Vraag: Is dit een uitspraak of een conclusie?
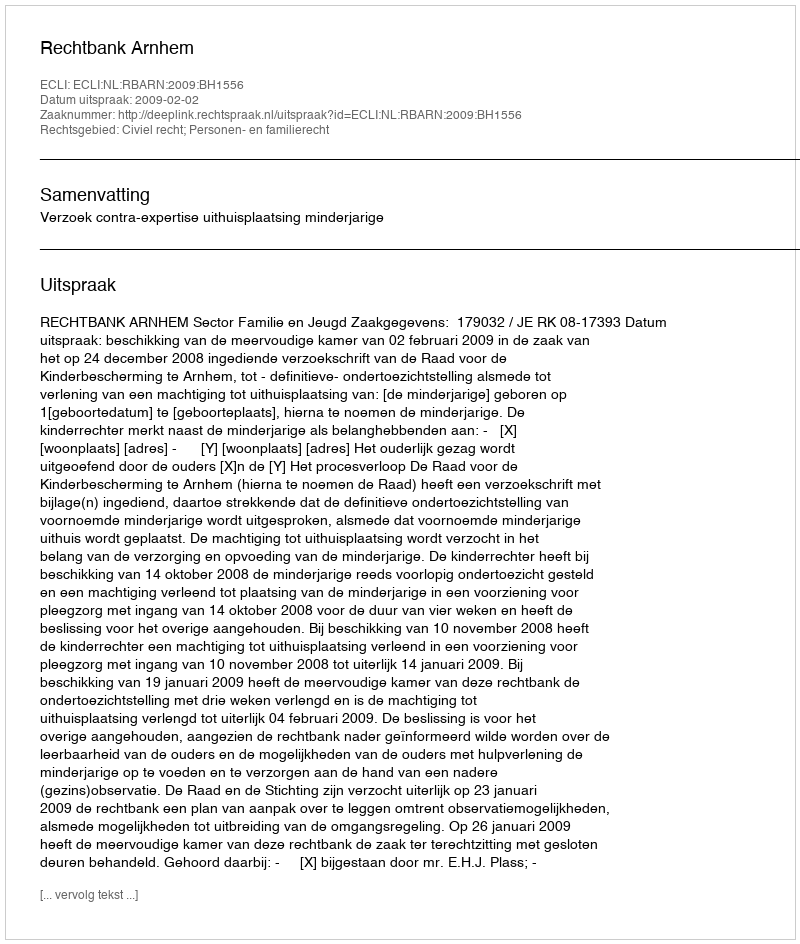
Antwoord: Uitspraak